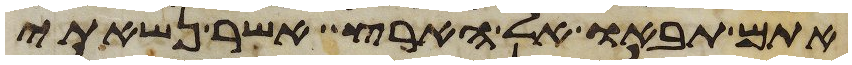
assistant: אתם תבאו אל הארץ אשר נשאתי